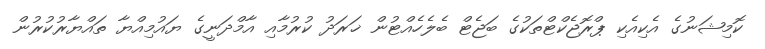
ކޮމިޝަނުގެ އެކިއެކި ޕްރޮޖެކްޓްތަކުގެ ބަޖެޓް ބެލެހެއްޓުން ޚަރަދު ކުރުމާއި އާމްދަނީގެ ޔައުމިއްޔާ ތައްޔާރުކުރުން